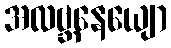
အလဗ္ဘနေယျော